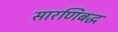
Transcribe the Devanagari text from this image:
सारणिबद्ध